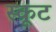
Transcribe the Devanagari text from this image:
स्कूट